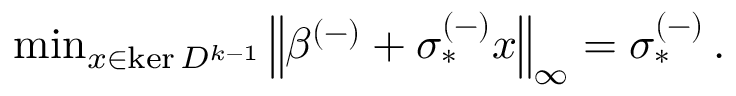
\begin{array} { r } { \operatorname* { m i n } _ { x \in \ker D ^ { k - 1 } } \left\lVert \beta ^ { ( - ) } + \sigma _ { * } ^ { ( - ) } x \right\rVert _ { \infty } = \sigma _ { * } ^ { ( - ) } \, . } \end{array}